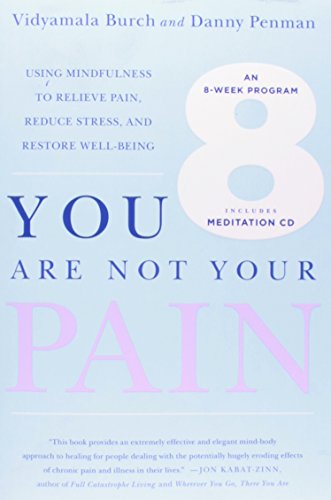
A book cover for You Are Not Your Pain: Using Mindfulness to Relieve Pain, Reduce Stress, and Restore Well-Being---An Eight-Week Program; Vidyamala Burch; Health, Fitness & Dieting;